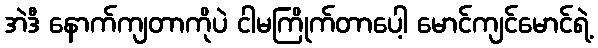
အဲဒီ နောက်ကျတာကိုပဲ ငါမကြိုက်တာပေါ့ မောင်ကျင်မောင်ရဲ့